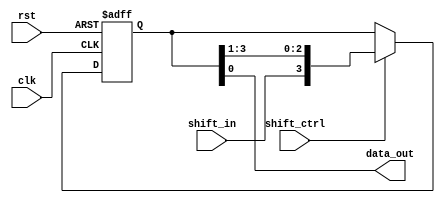
module pipo_shift_register(
    input clk,
    input rst,
    input shift_in,
    input shift_ctrl,
    output reg data_out
);

reg [3:0] reg_data;

always @(posedge clk or posedge rst) begin
    if (rst) begin
        reg_data <= 4'b0;
    end else begin
        if (shift_ctrl) begin
            reg_data <= {shift_in, reg_data[3:1]};
        end
    end
end

assign data_out = reg_data;

endmodule